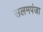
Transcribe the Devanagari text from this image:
सलमपंजा